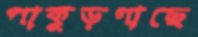
পাকুড়গাছে